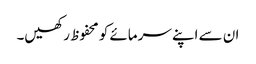
ان سے اپنے سرمائے کو محفوظ رکھیں۔